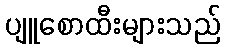
ပျူစောထီးများသည်